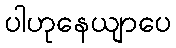
ပါဟုနေယျာပေ